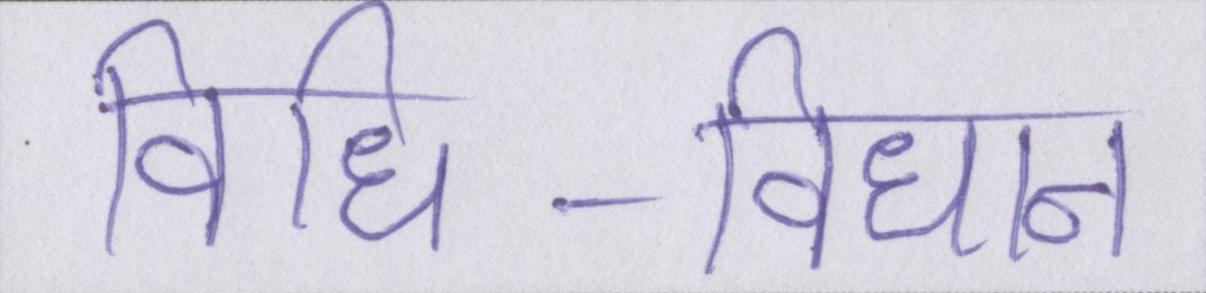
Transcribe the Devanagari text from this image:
विधि-विधान